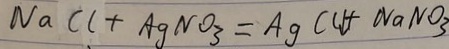
N a C l + A g N O _ { 3 } = A g C l \downarrow + N a N O _ { 3 }